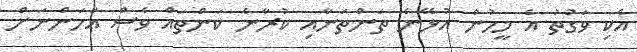
އެކި ވަގުތު އެ މީހުން އުޅޭނެ ތަންތަނާއި ކުރާނެ ކަންތައް ވެސް އަހަންނަށް